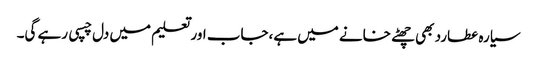
سیارہ عطارد بھی چھٹے خانے میں ہے،جاب اور تعلیم میں دل چسپی رہے گی۔